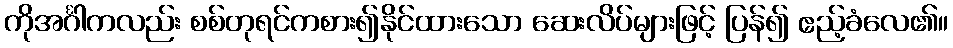
ကိုအင်္ဂါကလည်း စစ်တုရင်ကစား၍နိုင်ထားသော ဆေးလိပ်များဖြင့် ပြန်၍ ဧည့်ခံလေ၏။